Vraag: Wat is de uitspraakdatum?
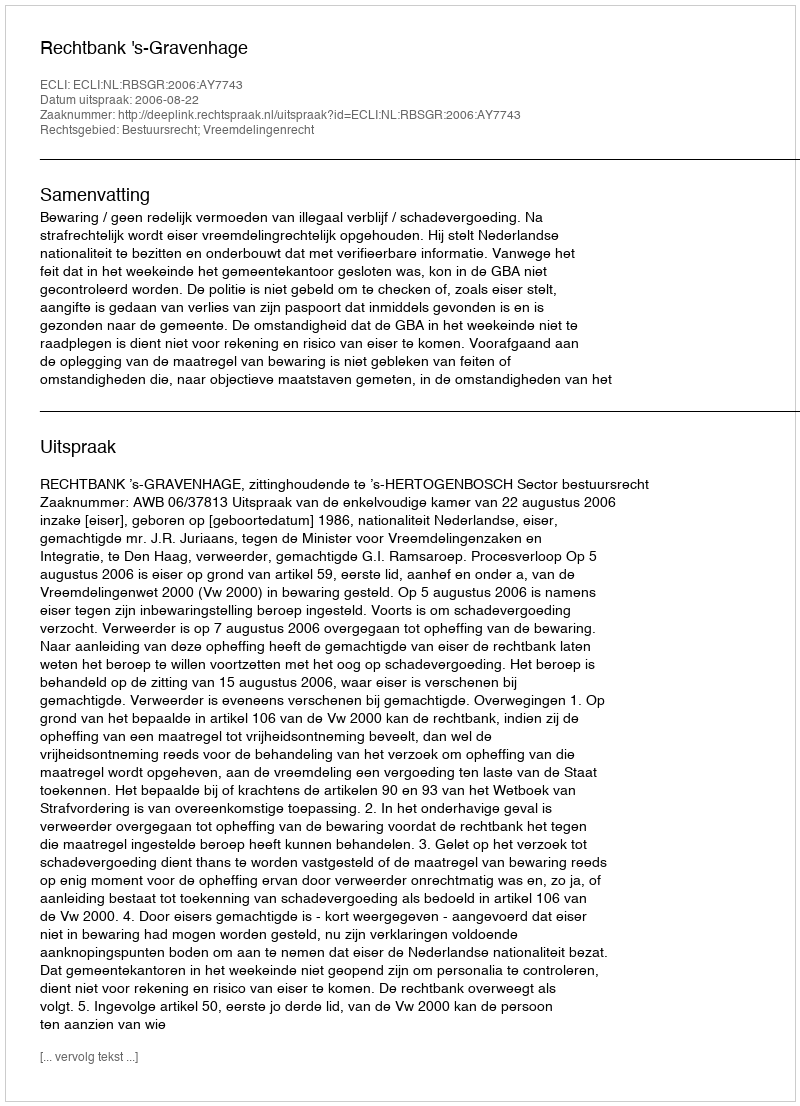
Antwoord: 2006-08-22